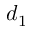
d _ { 1 }